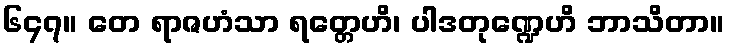
၆၄၇။ တေ ရာဇဟံသာ ရတ္တေဟိ၊ ပါဒတုဏ္ဍေဟိ ဘာသိတာ။